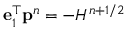
\mathbf { e } _ { 1 } ^ { \top } \mathbf { p } ^ { n } = - H ^ { n + 1 / 2 }